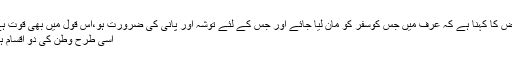
بعض کا کہنا ہے کہ عرف میں جس کوسفر کو مان لیا جائے اور جس کے لئے توشہ اور پانی کی ضرورت ہو،اس قول میں بھی قوت ہے.
اسی طرح وطن کی دو اقسام ہیں۔